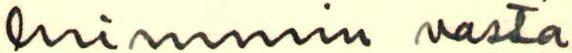
luimmin vasta